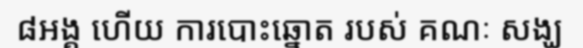
៨អង្គ ហើយ ការបោះឆ្នោត របស់ គណៈ សង្ឃ